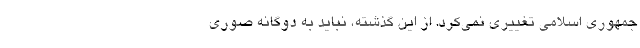
جمهوری اسلامی تغییری نمی‌کرد. از این گذشته، نباید به دوگانه صوری